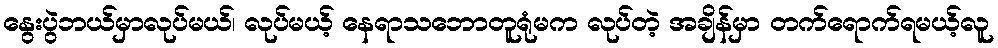
နွေးပွဲဘယ်မှာလုပ်မယ်၊ လုပ်မယ့် နေရာသဘောတူရုံမက လုပ်တဲ့ အချိန်မှာ တက်ရောက်ရမယ့်လူ